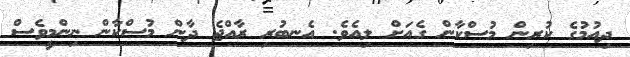
ދިއުމުގެ ކުރިން މުސްކާން ގެއަށް ލިއެވެ. އެނބުރި ރާއްޖެ ދާން މުސްކާން ނިންމީވެސް